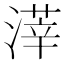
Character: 𣻿